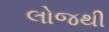
લોજથી